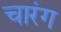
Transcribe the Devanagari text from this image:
चारंग